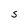
Character: S